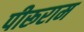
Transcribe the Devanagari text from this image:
पीरूराम